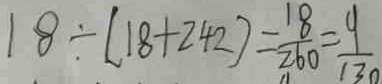
1 8 \div ( 1 8 + 2 4 2 ) = \frac { 1 8 } { 2 6 0 } = \frac { 9 } { 1 3 0 }